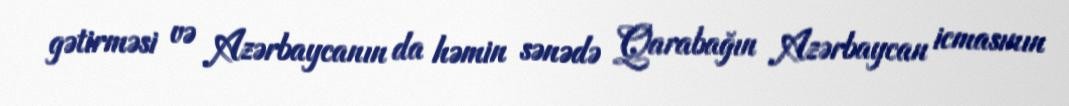
gətirməsi və Azərbaycanın da həmin sənədə Qarabağın Azərbaycan icmasının